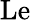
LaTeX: \mathrm{Le}